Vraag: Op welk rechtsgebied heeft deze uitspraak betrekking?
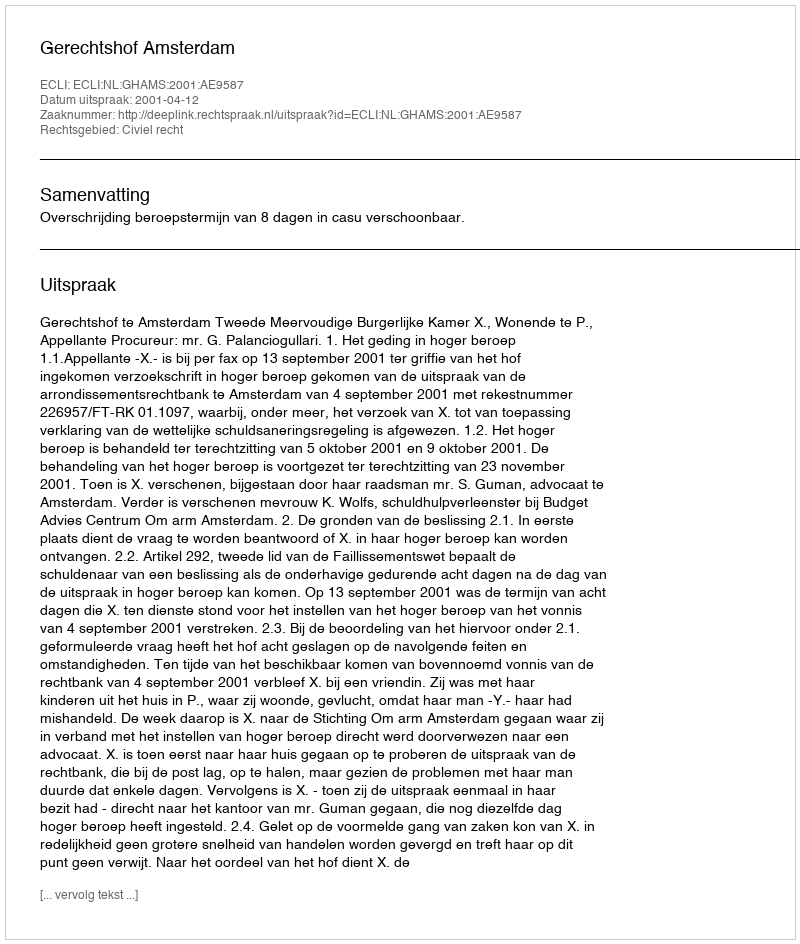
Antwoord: Civiel recht